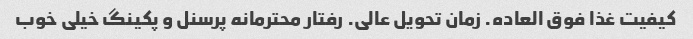
کیفیت غذا فوق العاده. زمان تحویل عالی. رفتار محترمانه پرسنل و پکینگ خیلی خوب